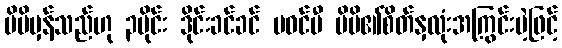
မိမိမှန်သည်ဟု ၃ပိုင်း ဒိုင်းခင်ခင် မဝင်မီ မိမိ၏စိတ်နှလုံးအကြွင်းမဲ့ဖြင့်